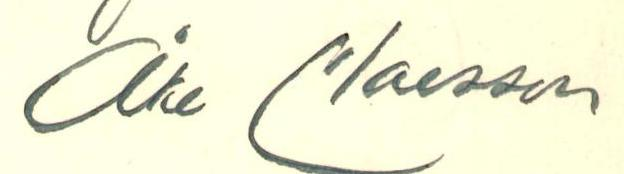
Åke Claesson